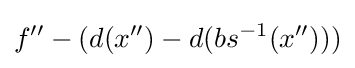
f''-(d(x'')-d(bs^{-1}(x'')))